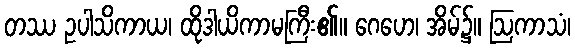
တဿ ဥပါသိကာယ၊ ထိုဒါယိကာမကြီး၏။ ဂေဟေ၊ အိမ်၌။ ဩကာသံ၊